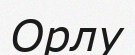
Орлу